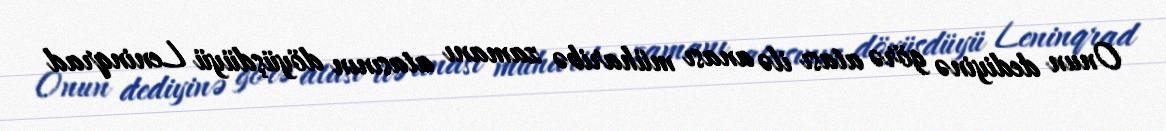
Onun dediyinə görə atası ilə anası müharibə zamanı atasının döyüşdüyü Leninqrad